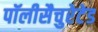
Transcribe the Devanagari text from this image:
पॉलीसैचुरेटेड